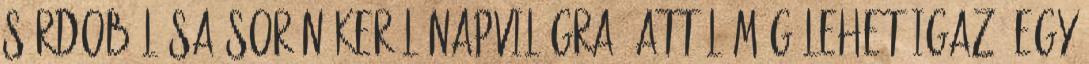
sárdobálása során kerül napvilágra, attól még lehet igaz. Egy